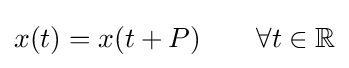
x(t)=x(t+P)\qquad \forall t\in \mathbb {R}